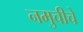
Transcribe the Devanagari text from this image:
नमुचीचे